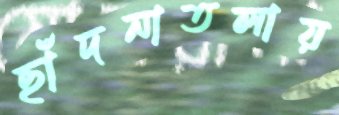
ছাঁদনাতলায়